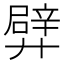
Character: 𨐢